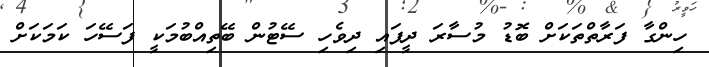
ހިންގާ ފަރާތްތަކަށް ބޮޑު މުސާރަ ދީފައި ދިވެހި ސޭޓުން ބޭތިއްބުމަކީ ފަސޭހަ ކަމަކަށް